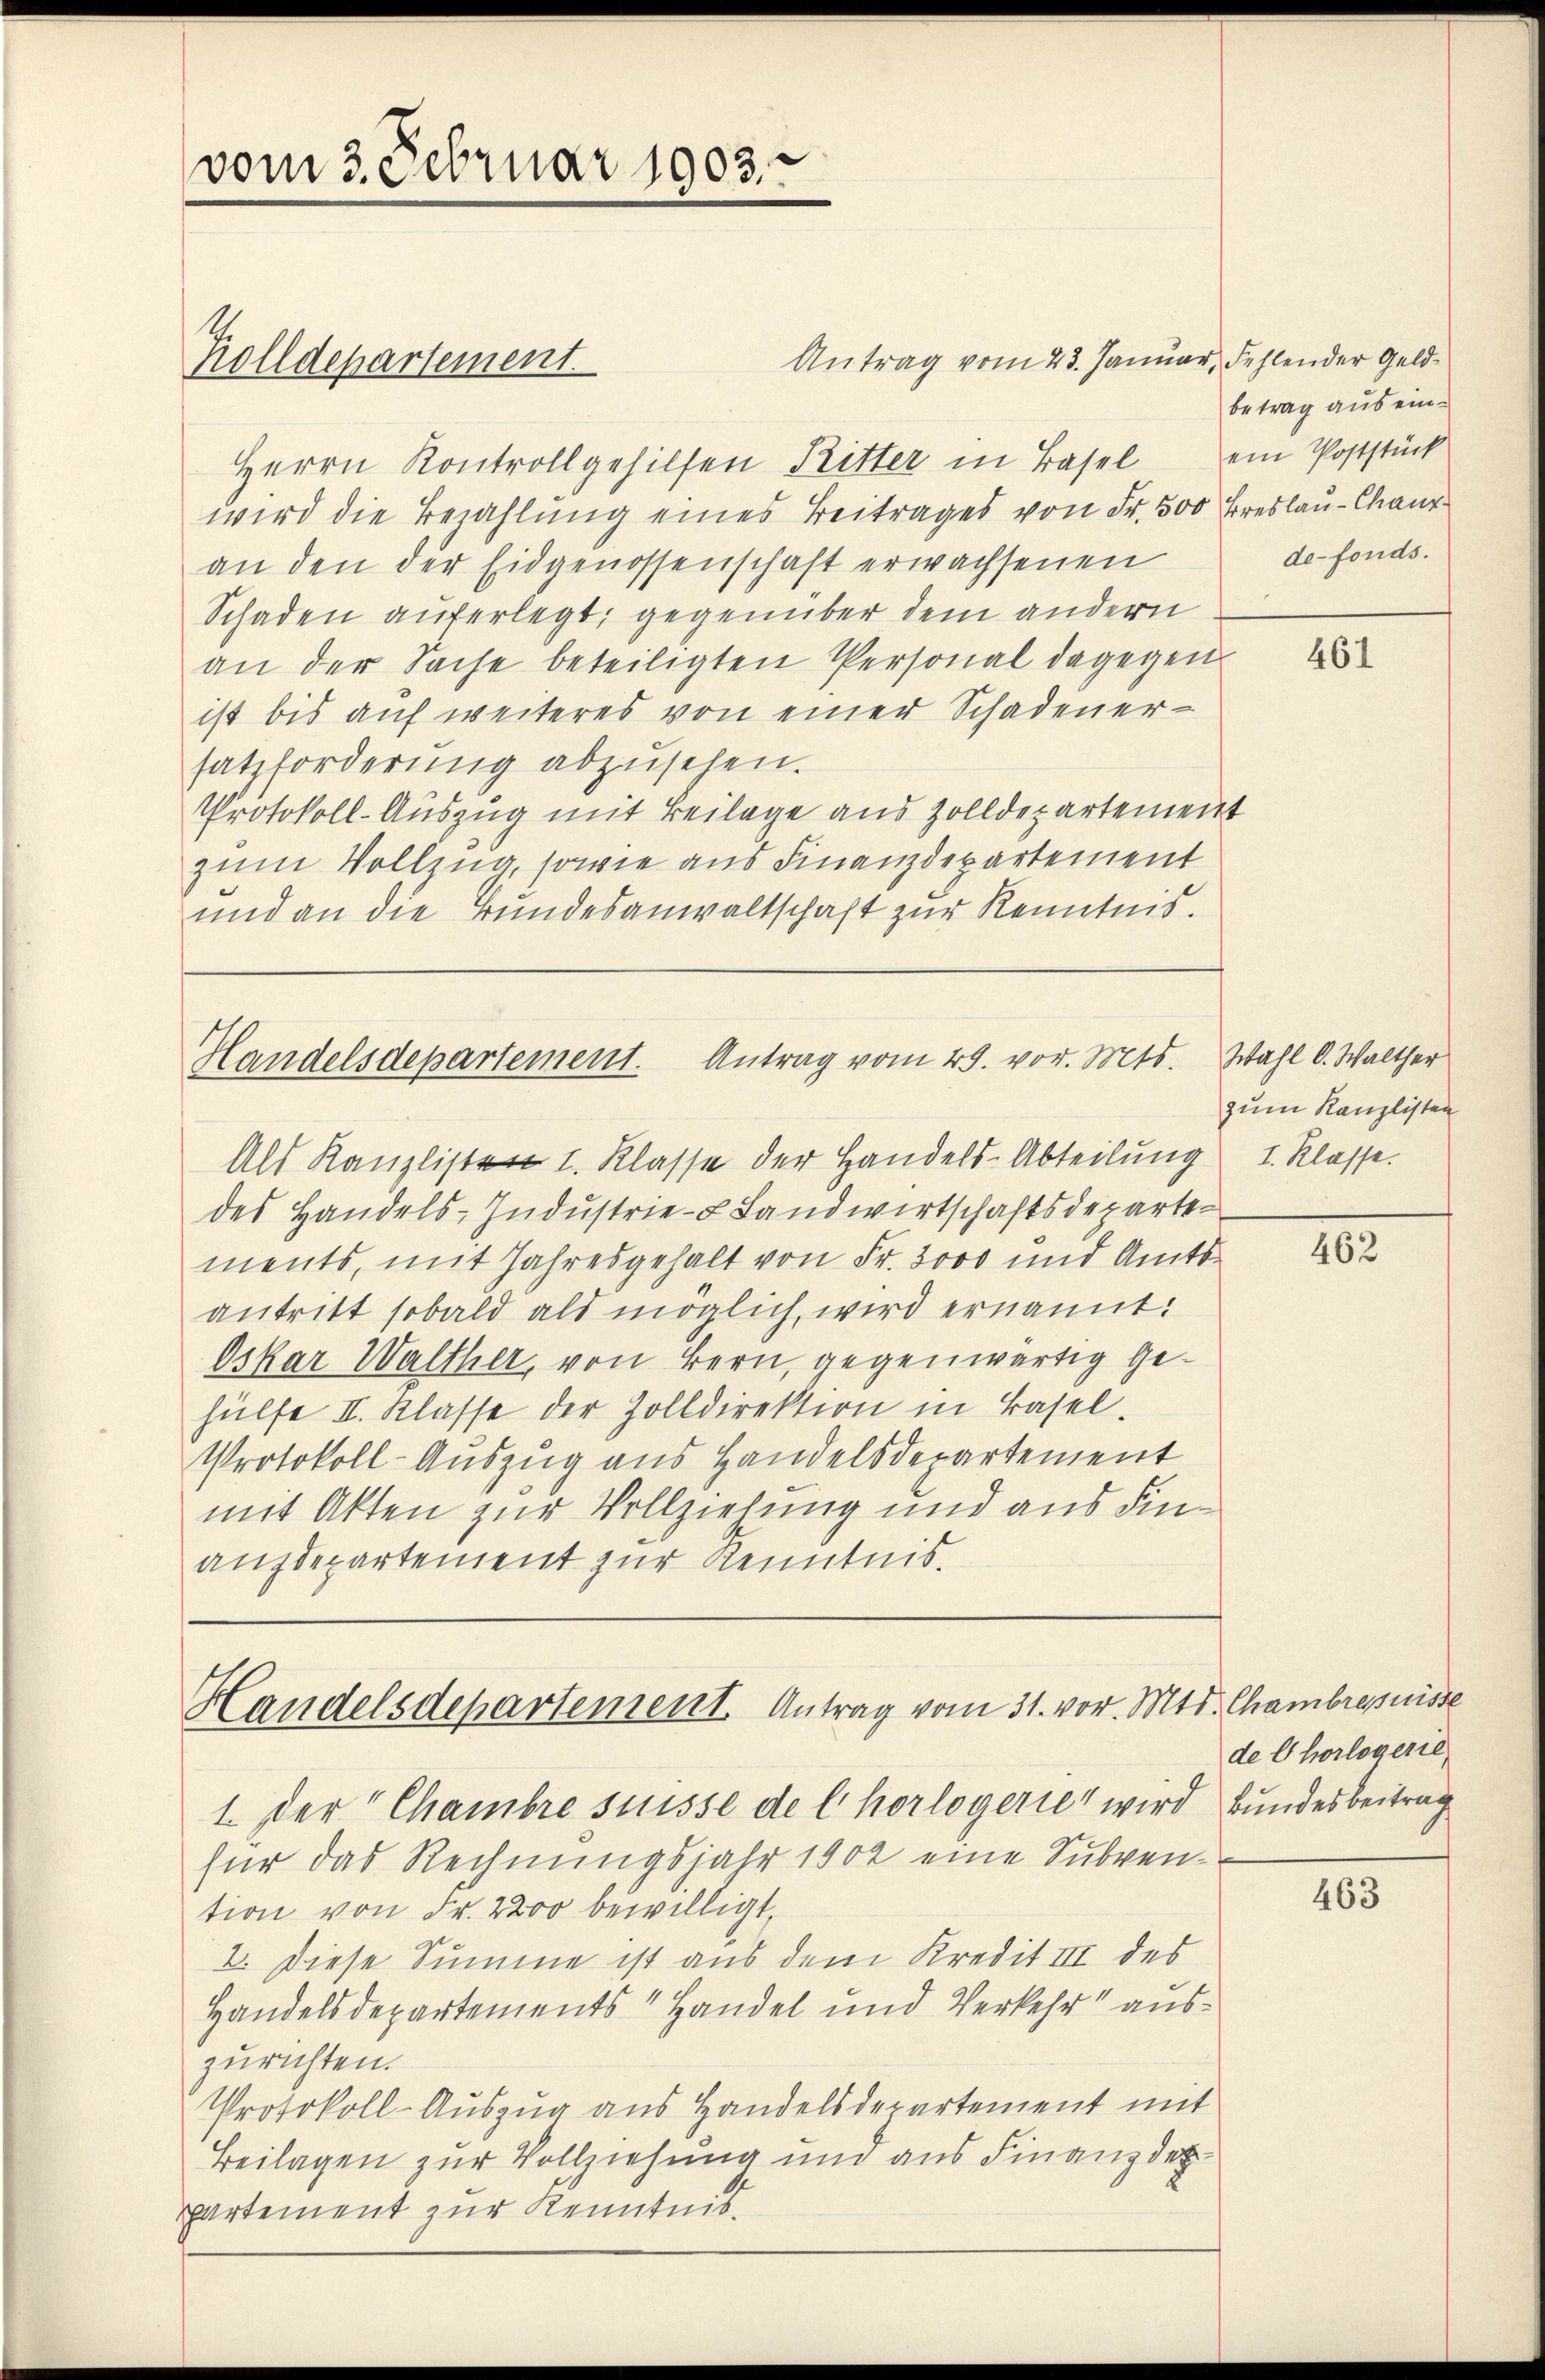
vom 3. Februar 1903.

Zolldepartement.

Herrn Kontroll gehilfen Ritter in Basel ein Poststück
wird die Bezahlung eines Beitrages von Fr. 3500 Breslau-Chaux-
an den der Eidgenossenschaft erwachsenen
Schaden auferlegt, gegenüber dem andern
an der Sache beteiligten Personal dagegenist bis auf weiteres von einer Schadener-
satzforderung abzusehen.
Protokoll-Auszug mit Beilage aus Zolldepartement
zum Vollzug, sowie aus Finanzdepartement
und an die Bundesanwaltschaft zur Kenntnis.

Handelsdepartement. Antrag vom 28. vor. Mts.

Antrag vom 23. Januar, Fehlender Geld¬

Handelsdepartement. Antrag vom 31. vor. Mts. Chambre puisse
1. Der Chambre suisse de l. horlogerie wird Bundesbeitrag

betrag aus einde-fonds.

Als Kanzlisten I. Klasse der Handels-Abteilung
des Handels-Industrie- Landwirtschaftsdeparte
ments, mit Jahresgehalt von Fr. 3000 und Amtsantritt sobald als möglich, wird ernannt:
Oskar Walther, von Bern, gegenwärtig gehülfe II. Klasse der Zolldirektion in Basel.
Protokoll-Auszug aus Handelsdepartement
mit Akten zur Vollziehung und aus Finanzdepartement zur Kenntnis.

für das Rechnungsjahr 1902 eine Subvention von Fr. 2200 bewilligt.
2. Diese Summe ist aus dem Kredit III des
Handelsdepartements Handel und Verkehr auszurichten.
Protokoll-Auszug aus Handelsdepartement mit
Beilagen zur Vollziehung und aus Finanzdep
partement zur Kenntnis.

461

Wahl d. Walther
zum Kanzlisten
I. Klasse.

462

de Chorlogene

463